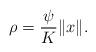
LaTeX: \begin{align*}\rho=\frac{\psi}{K}\|x\|.\end{align*}